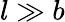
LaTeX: l\gg b